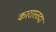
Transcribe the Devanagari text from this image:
कारास्तदा